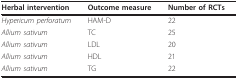
<table><thead><tr><td><b>Herbal intervention</b></td><td><b>Outcome measure</b></td><td><b>Number of RCTs</b></td></tr></thead><tbody><tr><td><i>Hypericum perforatum </i></td><td>HAM-D</td><td>22</td></tr><tr><td><i>Allium sativum</i></td><td>TC</td><td>25</td></tr><tr><td><i>Allium sativum</i></td><td>LDL</td><td>20</td></tr><tr><td><i>Allium sativum</i></td><td>HDL</td><td>21</td></tr><tr><td><i>Allium sativum</i></td><td>TG</td><td>22</td></tr></tbody></table>